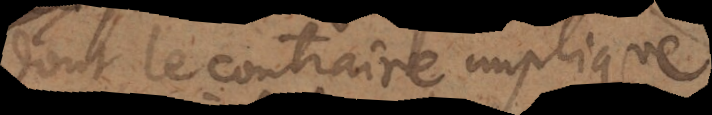
dont le contraire implique